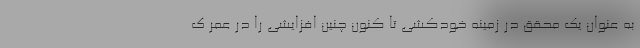
به عنوان یک محقق در زمینه خودکشی تا کنون چنین افزایشی را در عمر ک